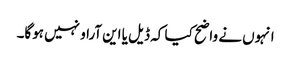
انہوں نے واضح کیا کہ ڈیل یا این آراو نہیں ہوگا۔